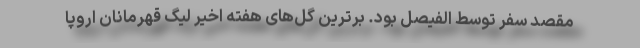
مقصد سفر توسط الفیصل بود‌. برترین گل‌های هفته اخیر لیگ قهرمانان اروپا